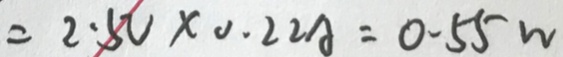
= 2 . 5 U \times 0 . 2 2 A = 0 . 5 5 w